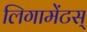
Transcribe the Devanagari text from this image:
लिगामेंटस्